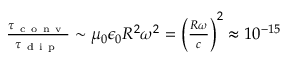
\begin{array} { r } { \frac { \tau _ { \mathrm { ~ c ~ o ~ n ~ v ~ } } } { \tau _ { \mathrm { ~ d ~ i ~ p ~ } } } \sim \mu _ { 0 } \epsilon _ { 0 } R ^ { 2 } \omega ^ { 2 } = \left( \frac { R \omega } { c } \right) ^ { 2 } \approx 1 0 ^ { - 1 5 } } \end{array}